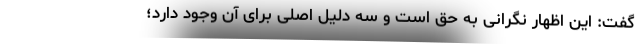
گفت: این اظهار نگرانی به حق است و سه دلیل اصلی برای آن وجود دارد؛